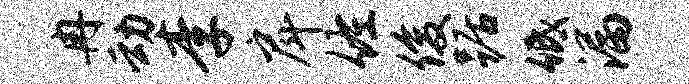
冉动李戽佐俊踞低漏